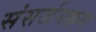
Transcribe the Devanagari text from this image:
संसर्जनक्रम